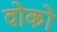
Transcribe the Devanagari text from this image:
वोको